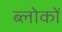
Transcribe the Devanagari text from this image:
ब्लोकों